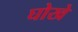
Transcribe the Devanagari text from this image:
घोखे